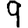
Digit: 9